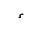
Letter: _hamza